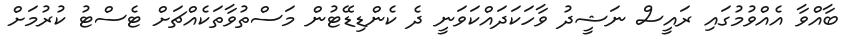
ބާއްވާ އެއްވުމުގައި ރައީސް ނަޝީދު ވާހަކަދައްކަވަނީ ދެ ކެންޑިޑޭޓުން މަސްތުވާތަކެއްޗަށް ޓެސްޓު ކުރުމަށް